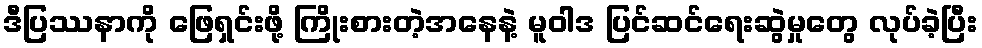
ဒီပြဿနာကို ဖြေရှင်းဖို့ ကြိုးစားတဲ့အနေနဲ့ မူဝါဒ ပြင်ဆင်ရေးဆွဲမှုတွေ လုပ်ခဲ့ပြီး